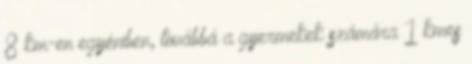
8 km-en egyéniben, továbbá a gyermekek számára 1 kmes